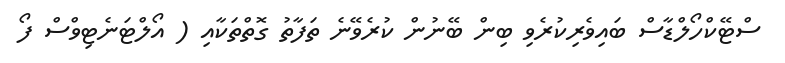
ސްޓޭކްހޯލްޑާސް ބައިވެރިކުރެވި ބިން ބޭނުން ކުރެވޭނެ ތަފާތު ގޮތްތަކާއި ( އޯލްޓަނެޓިވްސް ފޯ